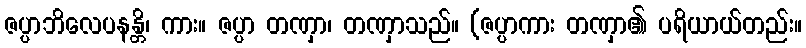
ဇပ္ပာဘိလေပနန္တိ၊ ကား။ ဇပ္ပာ တဏှာ၊ တဏှာသည်။ (ဇပ္ပာကား တဏှာ၏ ပရိယာယ်တည်း။